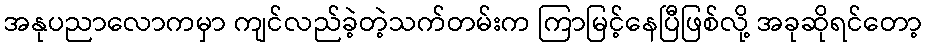
အနုပညာလောကမှာ ကျင်လည်ခဲ့တဲ့သက်တမ်းက ကြာမြင့်နေပြီဖြစ်လို့ အခုဆိုရင်တော့